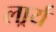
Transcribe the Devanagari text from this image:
लार्र्य